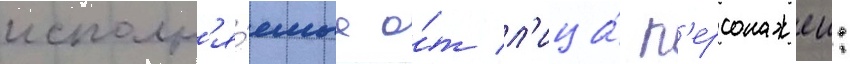
исполн'я́емые о́т л'ица́ п'ерсонажеи: